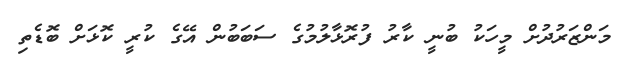
މަންޒަރުދުށް މީހަކު ބުނީ ކާރު ފުރޮޅާލުމުގެ ސަބަބުން އޭގެ ކުރީ ކޮޅަށް ބޮޑެތި